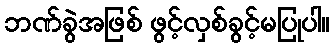
ဘဏ်ခွဲအဖြစ် ဖွင့်လှစ်ခွင့်မပြုပါ။